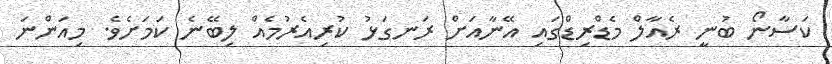
ކަސާނޯ ބުނީ ރެއާލް މެޑްރިޑްގައި އޭނާއަށް ރަނގަޅު ކުރިއެރުމެއް ލިބޭނެ ކަމަށެވެ. މިއަންނަ